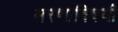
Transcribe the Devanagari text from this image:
मरणाविषयीं